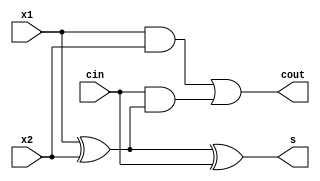
`timescale 1ns / 1ps
//////////////////////////////////////////////////////////////////////////////////
// Company: 
// Engineer: 
// 
// Design Name: 
// Module Name:    fa 
// Project Name: 
// Target Devices: 
// Tool versions: 
// Description: 
//
// Dependencies: 
//
// Revision: 
// Revision 0.01 - File Created
// Additional Comments: 
//
//////////////////////////////////////////////////////////////////////////////////
module fa(
    input x1,
    input x2,
    input cin,
    output cout,
    output s
    );
wire a,b,c;
xor p1(b,x1,x2);
and a1(a,x1,x2);
xor p2(s,b,cin);
and a2(c,cin,b);
or o1(cout,a,c);

endmodule